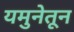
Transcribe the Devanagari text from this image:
यमुनेतून